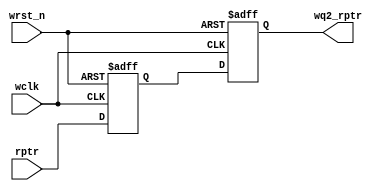
module sync_r2w #(
    parameter ADDR_WIDTH = 3
)
(
    input                       wclk,
    input                       wrst_n,
    input       [ADDR_WIDTH:0]  rptr,       // 
    output  reg [ADDR_WIDTH:0]  wq2_rptr    // 
);
 
reg [ADDR_WIDTH:0] wq1_rptr;
 
always @(posedge wclk or negedge wrst_n) begin
    if(!wrst_n) begin
        wq1_rptr <= {ADDR_WIDTH{1'b0}};          
        wq2_rptr <= {ADDR_WIDTH{1'b0}};
    end else begin        
        wq1_rptr <= rptr;
        wq2_rptr <=wq1_rptr;
    end  
end

endmodule